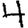
Digit: 4